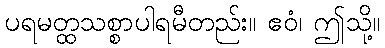
ပရမတ္ထသစ္စာပါရမီတည်း။ ဧဝံ၊ ဤသို့။